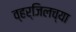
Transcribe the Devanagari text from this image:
व्हर्जिलच्या